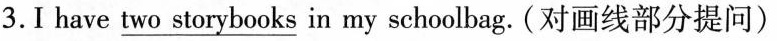
3.I have \underline{two storybooks} in my schoolbag. (对画线部分提问)